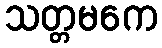
သတ္တမကေ